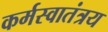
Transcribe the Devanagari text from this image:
कर्मस्वातंत्रय